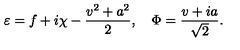
\varepsilon = f + i \chi - \frac { v ^ { 2 } + a ^ { 2 } } { 2 } , \quad \Phi = \frac { v + i a } { \sqrt { 2 } } .